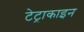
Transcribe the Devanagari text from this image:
टेट्राकाइन